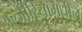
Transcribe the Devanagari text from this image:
अल्जीरियामधील